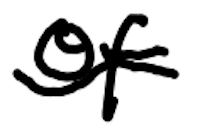
Text: of
Cross-out: wave
Writing tool: digital_black